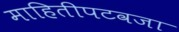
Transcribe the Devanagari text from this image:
माहितीपटवजा